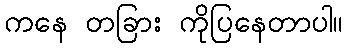
ကနေ တခြား ကိုပြနေတာပါ။